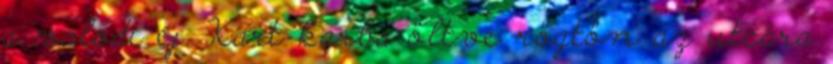
a valódi éj. Kart karba öltve rögtön az utcára